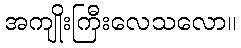
အကျိုးကြီးလေသလော။